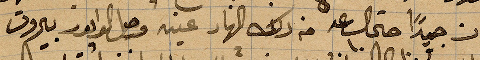
كان جيدًا حتى الساعة ١٠ من ذلك النهار عينه وصل الدابور بيروت